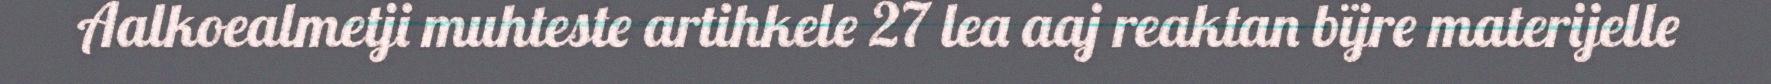
Aalkoealmetji muhteste artihkele 27 lea aaj reaktan bïjre materijelle